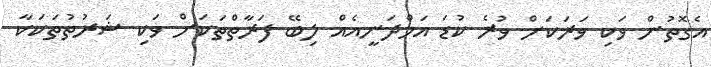
އެގޮތުން ވަކި ވަރަކަށް ވުރެ ކުޑަ އަމްދަނީއެއް ލިބޭ ފަރާތްތަކަށް ވަކި ޝަރުތުތަކަކާ